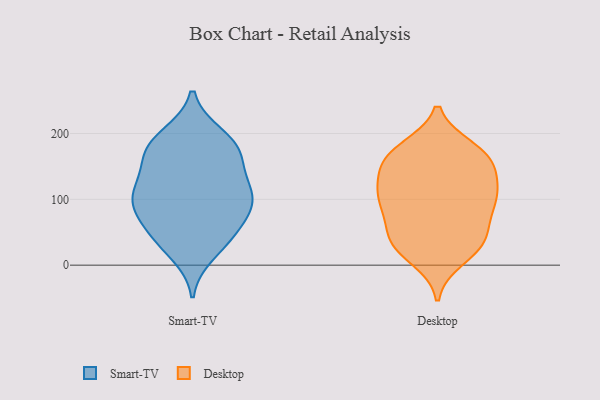
{"axis": {"x": "Bounce Rate (%)", "y": "Value"}, "legend": ["Desktop", "Smart-TV"], "data": [{"x": "", "y": 178, "type": "Smart-TV"}, {"x": "", "y": 72, "type": "Smart-TV"}, {"x": "", "y": 172, "type": "Smart-TV"}, {"x": "", "y": 105, "type": "Smart-TV"}, {"x": "", "y": 108, "type": "Smart-TV"}, {"x": "", "y": 112, "type": "Smart-TV"}, {"x": "", "y": 39, "type": "Smart-TV"}, {"x": "", "y": 168, "type": "Smart-TV"}, {"x": "", "y": 196, "type": "Smart-TV"}, {"x": "", "y": 166, "type": "Smart-TV"}, {"x": "", "y": 40, "type": "Smart-TV"}, {"x": "", "y": 85, "type": "Smart-TV"}, {"x": "", "y": 49, "type": "Smart-TV"}, {"x": "", "y": 17, "type": "Smart-TV"}, {"x": "", "y": 98, "type": "Smart-TV"}, {"x": "", "y": 198, "type": "Smart-TV"}, {"x": "", "y": 120, "type": "Smart-TV"}, {"x": "", "y": 140, "type": "Smart-TV"}, {"x": "", "y": 84, "type": "Smart-TV"}, {"x": "", "y": 165, "type": "Desktop"}, {"x": "", "y": 28, "type": "Desktop"}, {"x": "", "y": 147, "type": "Desktop"}, {"x": "", "y": 10, "type": "Desktop"}, {"x": "", "y": 113, "type": "Desktop"}, {"x": "", "y": 177, "type": "Desktop"}, {"x": "", "y": 104, "type": "Desktop"}, {"x": "", "y": 41, "type": "Desktop"}, {"x": "", "y": 73, "type": "Desktop"}, {"x": "", "y": 32, "type": "Desktop"}, {"x": "", "y": 172, "type": "Desktop"}, {"x": "", "y": 92, "type": "Desktop"}, {"x": "", "y": 139, "type": "Desktop"}, {"x": "", "y": 170, "type": "Desktop"}, {"x": "", "y": 107, "type": "Desktop"}, {"x": "", "y": 49, "type": "Desktop"}, {"x": "", "y": 110, "type": "Desktop"}, {"x": "", "y": 91, "type": "Desktop"}, {"x": "", "y": 156, "type": "Desktop"}, {"x": "", "y": 34, "type": "Desktop"}]}